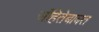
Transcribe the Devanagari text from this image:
संहितेबाबत